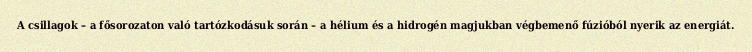
A csillagok – a fősorozaton való tartózkodásuk során – a hélium és a hidrogén magjukban végbemenő fúzióból nyerik az energiát.